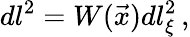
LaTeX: dl^{2}=W(\vec{x})dl_{\xi}^{2}\, ,